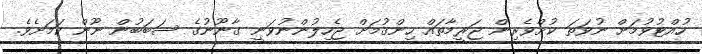
ހުއްޓުވުމަށް ނުވަތަ ކުށްވެރިން ޖަރީމާތައް ހިންގުމަށް ޖެހިލުންނުވަނީ ގާނޫނުގެ ސަބަބުން ނޫން ކަމަށެވެ.